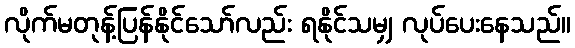
လိုက်မတုန့်ပြန်နိုင်သော်လည်း ရနိုင်သမျှ လုပ်ပေးနေသည်။